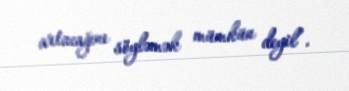
artacağını söyləmək mümkün deyil”.